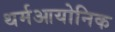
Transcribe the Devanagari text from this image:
थर्मआयोनिक